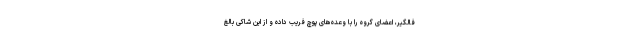
فالگیر، اعضای گروه را با وعده‌های پوچ فریب داده و از این شاکی بالغ